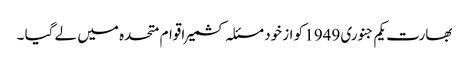
بھارت یکم جنوری 1949 کو از خود مسئلہ کشمیر اقوام متحدہ میں لے گیا ۔